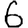
Digit: 6